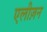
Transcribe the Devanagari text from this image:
एलीज़न